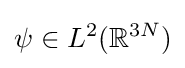
\psi \in L^{2}(\mathbb {R} ^{3N})